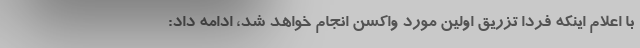
با اعلام اینکه فردا تزریق اولین مورد واکسن انجام خواهد شد، ادامه داد: